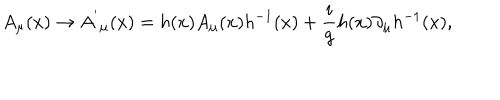
A _ { \mu } ( x ) \rightarrow { A ^ { ' } } _ { \mu } ( x ) = h ( x ) A _ { \mu } ( x ) h ^ { - 1 } ( x ) + \frac { i } { g } h ( x ) \partial _ { \mu } h ^ { - 1 } ( x ) ,